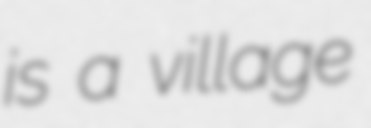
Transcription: is a village